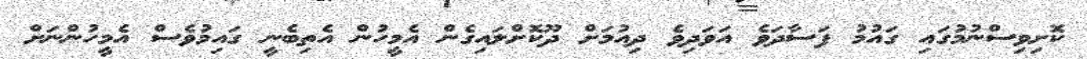
ކޮށިވިސްނުމުގައި ގައުމު ފަސާދަވެ އަވަދިވެ ދިއުމަށް ދޫކޮށްލައިގެން އެމީހުން އެތިބެނީ ގައިމުވެސް އެމީހުންނަށް